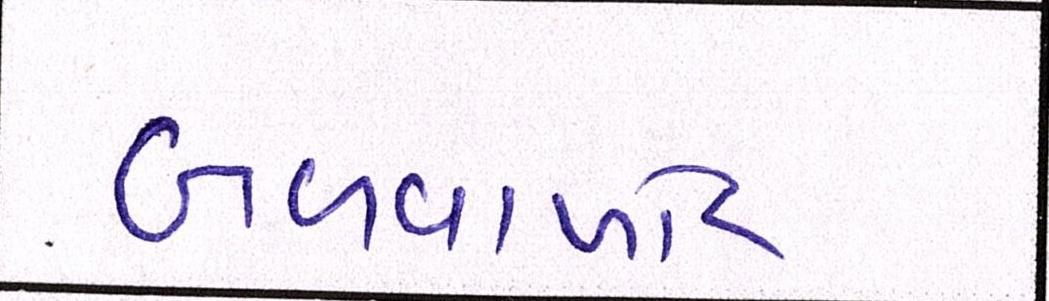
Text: બળવાખોર